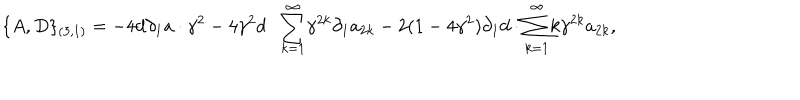
\{ A , D \} _ { ( 3 , 1 ) } = - 4 d { \partial } _ { 1 } a \cdot { \gamma } ^ { 2 } - 4 { \gamma } ^ { 2 } d \cdot { \sum _ { k = 1 } ^ { \infty } } { \gamma } ^ { 2 k } { \partial } _ { 1 } a _ { 2 k } - 2 ( 1 - 4 { \gamma } ^ { 2 } ) { \partial } _ { 1 } d \cdot { \sum _ { k = 1 } ^ { \infty } } k { \gamma } ^ { 2 k } a _ { 2 k } ,